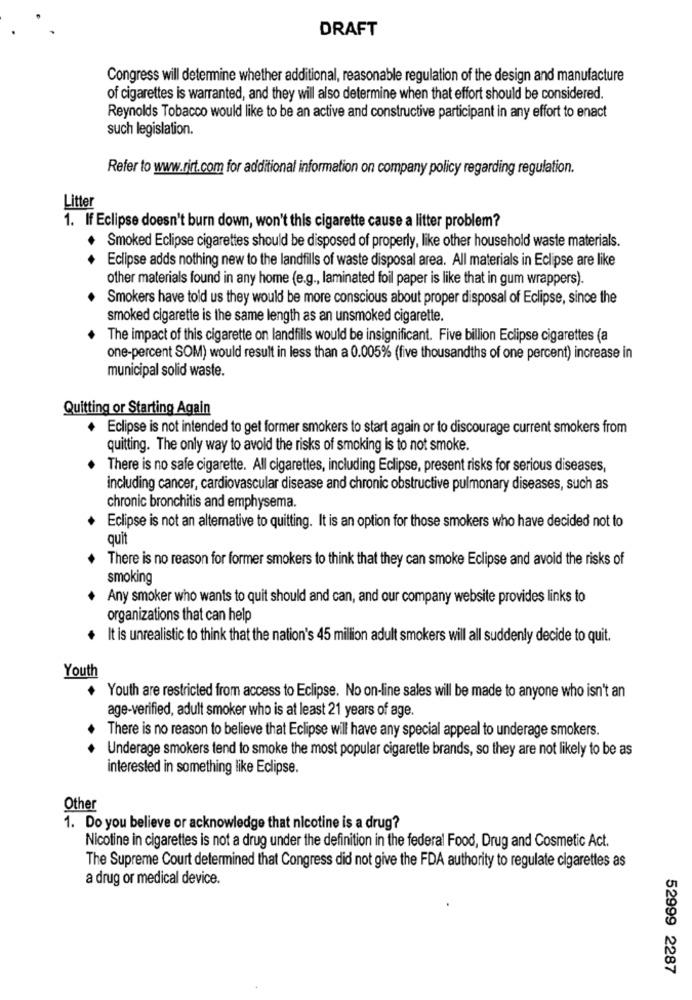
DRAFT
Congress will determine whether additional, reasonable regulation of the design and manufacture
of cigarettes is warranted, and they will also determine when that effort should be considered.
Reynolds Tobacco would like to be an active and constructive participant in any effort to enact
such legislation.
Refer to www.rirt.com for additional information on company policy regarding regulation.
Litter
1. If Eclipse doesn't burn down, won't this cigarette cause a litter problem?
Smoked Eclipse cigarettes should be disposed of properly, like other household waste materials.
Eclipse adds nothing new to the landfills of waste disposal area. All materials in Eclipse are like
other materials found in any home (e.g ., laminated foil paper is like that in gum wrappers).
Smokers have told us they would be more conscious about proper disposal of Eclipse, since the
smoked cigarette is the same length as an unsmoked cigarette.
The impact of this cigarette on landfills would be insignificant. Five billion Eclipse cigarettes (a
one-percent SOM) would result in less than a 0.005% (five thousandths of one percent) increase in
municipal solid waste.
Quitting or Starting Again
+ Eclipse is not intended to get former smokers to start again or to discourage current smokers from
quitting. The only way to avoid the risks of smoking is to not smoke.
There is no safe cigarette. All cigarettes, including Eclipse, present risks for serious diseases,
including cancer, cardiovascular disease and chronic obstructive pulmonary diseases, such as
chronic bronchitis and emphysema.
Eclipse is not an alternative to quitting. It is an option for those smokers who have decided not to
quit
There is no reason for former smokers to think that they can smoke Eclipse and avoid the risks of
smoking
Any smoker who wants to quit should and can, and our company website provides links to
organizations that can help
It is unrealistic to think that the nation's 45 million adult smokers will all suddenly decide to quit.
Youth
+ Youth are restricted from access to Eclipse. No on-line sales will be made to anyone who isn't an
age-verified, adult smoker who is at least 21 years of age.
There is no reason to believe that Eclipse will have any special appeal to underage smokers.
Underage smokers tend to smoke the most popular cigarette brands, so they are not likely to be as
interested in something like Eclipse.
Other
1. Do you believe or acknowledge that nicotine is a drug?
Nicotine in cigarettes is not a drug under the definition in the federal Food, Drug and Cosmetic Act.
The Supreme Court determined that Congress did not give the FDA authority to regulate cigarettes as
a drug or medical device.
52999 2287